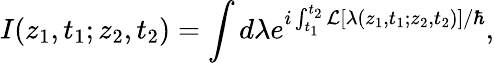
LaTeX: I(z_{1},t_{1};z_{2},t_{2})=\int d\lambda e^{i\int_{t_{1}}^{t_{2}}{\cal{L}}[\lambda(z_{1},t_{1};z_{2},t_{2})]/\hbar},